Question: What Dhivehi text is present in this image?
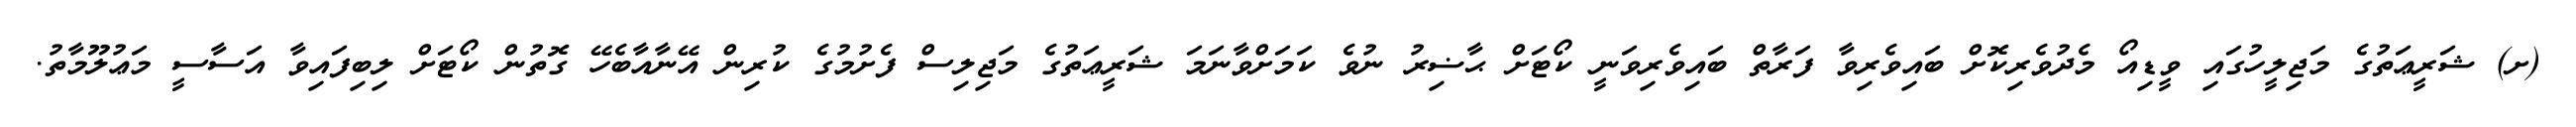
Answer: (ށ) ޝަރީޢަތުގެ މަޖިލީހުގައި ވީޑިއޯ މެދުވެރިކޮށް ބައިވެރިވާ ފަރާތް ބައިވެރިވަނީ ކޯޓަށް ޙާޟިރު ނުވެ ކަމަށްވާނަމަ ޝަރީޢަތުގެ މަޖިލިސް ފެށުމުގެ ކުރިން އޭނާއާބެހޭ ގޮތުން ކޯޓަށް ލިބިފައިވާ އަސާސީ މަޢުލޫމާތު.